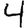
Digit: 4